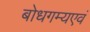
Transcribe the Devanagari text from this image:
बोधगम्यएवं